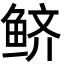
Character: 鲚